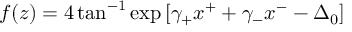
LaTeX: f ( z ) = 4 \tan ^ { - 1 } \exp { [ \gamma _ { + } x ^ { + } + \gamma _ { - } x ^ { - } - \Delta _ { 0 } ] }